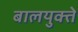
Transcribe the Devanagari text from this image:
बालयुक्ते